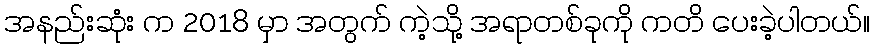
အနည်းဆုံး က 2018 မှာ အတွက် ကဲ့သို့ အရာတစ်ခုကို ကတိ ပေးခဲ့ပါတယ်။